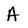
Character: A